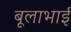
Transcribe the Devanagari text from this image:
बूलाभाई